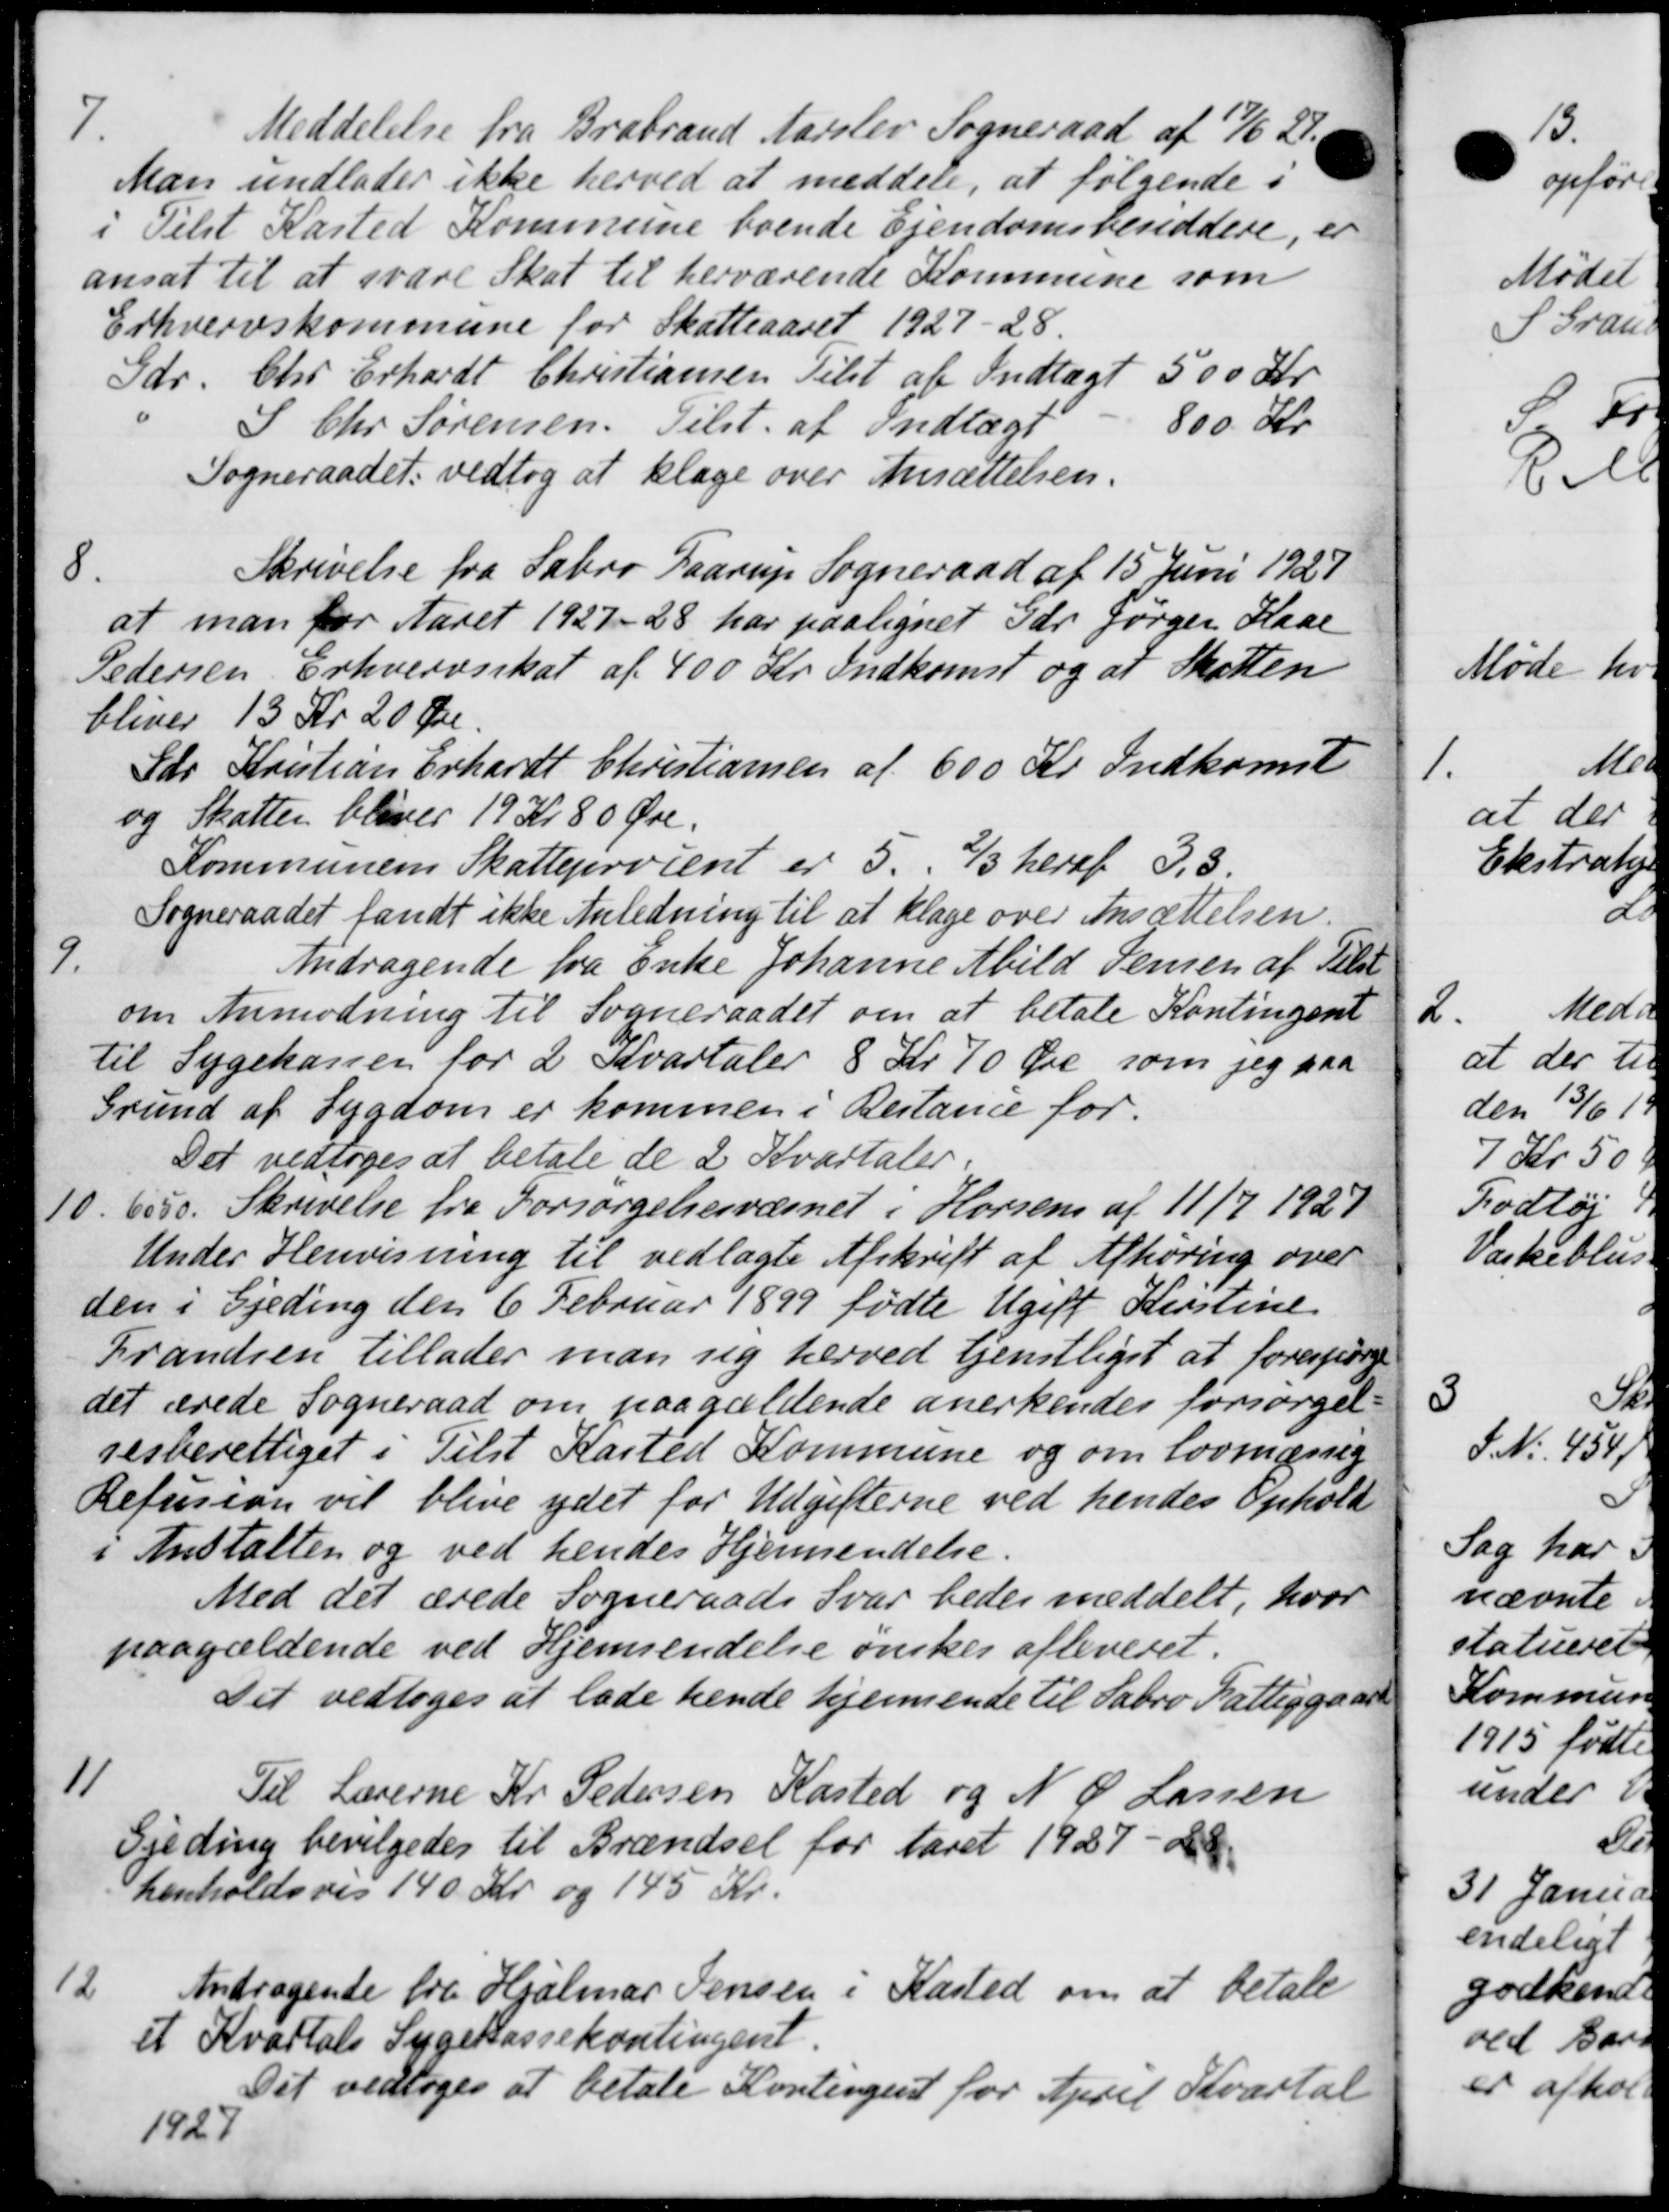
Transskription:
7.
Meddelelse fra Brabrand Aarslev Sogneraad af 17/6 21.
Man undlader ikke herved at meddele, at følgende i
i Tilst Kasted Kommune boende Ejendomsbesiddere, er
ansat til at svare Skat til herværende Kommune som
Erhvervskommune for Skatteaaret 1927-28.
Skr. Chr. Erhardt Christiansen Tilst af Indtægt 500 Kr
S Chr Sørensen. Tilst. af Indtægt - 800 Kr
Sogneraadet vedtog at klage over Ansættelsen.
8.
Skrivelse fra Sabro Faarup Sogneraad af 15 Juni 1927
at man for Aaret 1927-28 har paalignet Gdr. Jørgen Kase
Pedersen, Erhvervsskat af 400 Kr. Indkomst og at Skatten
bliver 13 Kr 20 Øre.
Gdr Kristian Erhardt Christiansen af 600 Kr. Indkomst
og Skatten bliver 19 Kr 80 Øre.
Kommunens Skatteprocent er 5. 2/3 heraf 3,3
Sogneraadet fandt ikke Anledning til at klage over Ansættelsen.
9.
Andragende fra Enke Johanne Abild Jensen af Tilst
om Anmodning til Sogneraadet om at betale Kontingent
til Sygekassen for 2 Kvartaler 8 Kr 70 Øre som jeg paa
Grund af Sygdom er kommen i Restance for.
Det vedtoges at betale de 2 Kvartaler.
10.
6050. Skrivelse fra Forsørgelsesvæsnet i Horsen af 11/7 1927
Under Henvisning til vedlagte Afskrift af Afhøring over
den i Gjeding den 6 Februar 1899 fødte Ugift Kirstine
Frandsen tillader man sig herved tjenstligst at forespørge
det ærede Sogneraad om paagældende anerkendes forsørgel-
sesberettiget i Tilst Kasted Kommune og om lovmæssig
Refusion vil blive ydet for Udgifterne ved hendes Ophold
i Anstalten og ved hendes Hjemsendelse
Med det ærede Sogneraads Svar bedes meddelt, hvor
paagældende ved Hjemsendelse ønskes afleveret.
Det vedtoges at lade hende hjemsende til Sabro Fattiggaard
11
Til Lærerne Kr. Pedersen Kasted og N P Lassen
Gjeding bevilgedes til Brændsel for Aaret 1927 - da.
henholdsvis 140 Kr og 145 Kr.
12
Andragende fra Hjalmar Jensen i Kasted om at betale
et Kvartals Sygekassekontingent.
Det vedtoges at betale Kontingent for April Kvartal
1927